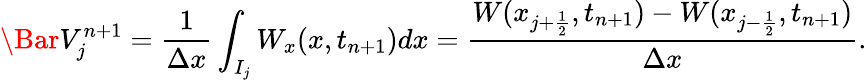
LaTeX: \Bar V_{j}^{n+1}=\frac{1}{\Delta x}\int_{I_{j}}W_{x}(x,t_{n+1})dx=\frac{W(x_{j+\frac{1}{2}},t_{n+1})-W(x_{j-\frac{1}{2}},t_{n+1})}{\Delta x}.